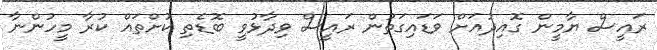
ރައީސް ޔާމީން ގޮއިދުއަށް ވަޑައިގަތުން ރައީސް ވިދާޅުވީ ބޮޑެތި ކުށްތައް ކުރާ މީހުންނާ